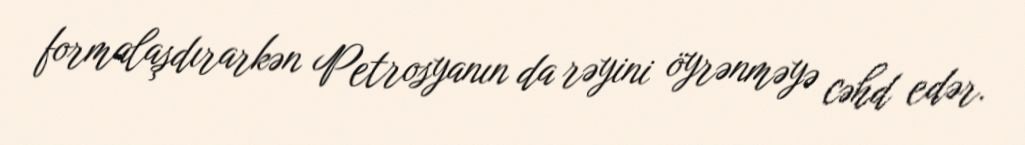
formalaşdırarkən Petrosyanın da rəyini öyrənməyə cəhd edər.